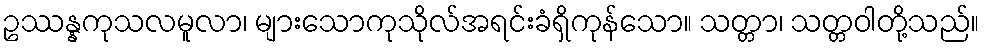
ဥဿန္နကုသလမူလာ၊ များသောကုသိုလ်အရင်းခံရှိကုန်သော။ သတ္တာ၊ သတ္တဝါတို့သည်။